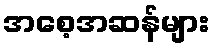
အစေ့အဆန်များ